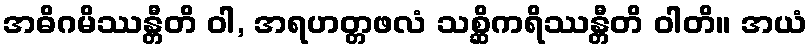
အဓိဂမိဿန္တီတိ ဝါ, အရဟတ္တဖလံ သစ္ဆိကရိဿန္တီတိ ဝါတိ။ အယံ